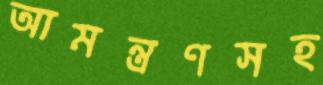
আমন্ত্রণসহ